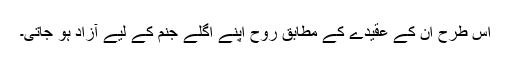
اس طرح ان کے عقیدے کے مطابق روح اپنے اگلے جنم کے لیے آزاد ہو جاتی۔